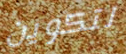
لتكوين